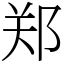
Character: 郑